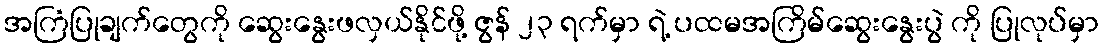
အကြံပြုချက်တွေကို ဆွေးနွေးဖလှယ်နိုင်ဖို့ ဇွန် ၂၃ ရက်မှာ ရဲ့ ပထမအကြိမ်ဆွေးနွေးပွဲ ကို ပြုလုပ်မှာ